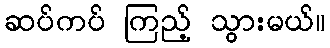
ဆပ်ကပ် ကြည့် သွားမယ်။